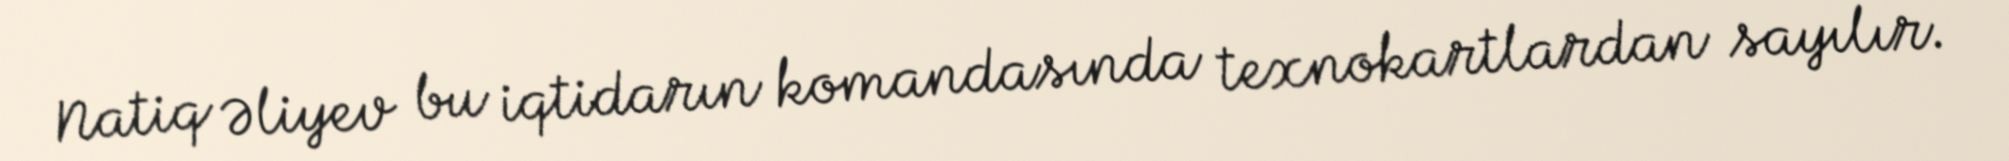
Natiq Əliyev bu iqtidarın komandasında texnokartlardan sayılır.